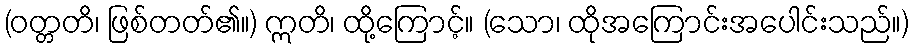
(ဝတ္တတိ၊ ဖြစ်တတ်၏။) ဣတိ၊ ထို့ကြောင့်။ (သော၊ ထိုအကြောင်းအပေါင်းသည်။)